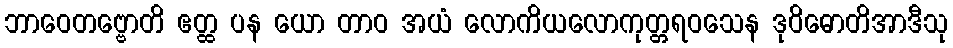
ဘာဝေတဗ္ဗောတိ ဧတ္ထ ပန ယော တာဝ အယံ လောကိယလောကုတ္တရဝသေန ဒုဝိဓောတိအာဒီသု